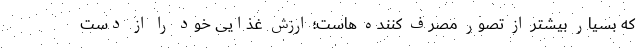
که بسیار بیشتر از تصور مصرف کننده هاست؛ ارزش غذایی خود را از دست